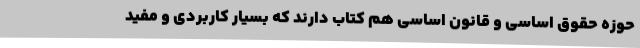
حوزه حقوق اساسی و قانون اساسی هم کتاب دارند که بسیار کاربردی و مفید